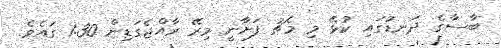
ބާސާގެ ދަނޑުގައި ކުޅޭ މި މެޗު ފަށާނީ މިރޭ ރާއްޖެގަޑިން 1:30 ގައެވެ.